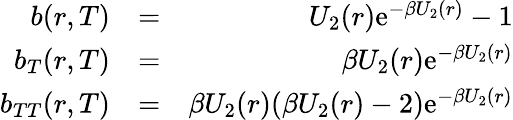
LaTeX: \begin{array}{rlr}{b(r,T)}&{=}&{U_{2}(r)\mathrm{e}^{-\beta U_{2}(r)}-1}\\ {b_{T}(r,T)}&{=}&{\beta U_{2}(r)\mathrm{e}^{-\beta U_{2}(r)}}\\ {b_{TT}(r,T)}&{=}&{\beta U_{2}(r)(\beta U_{2}(r)-2)\mathrm{e}^{-\beta U_{2}(r)}}\end{array}